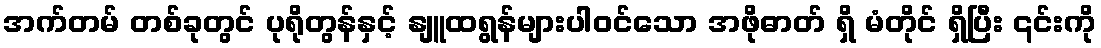
အက်တမ် တစ်ခုတွင် ပုရိုတွန်နှင့် နျူထရွန်များပါဝင်သော အဖိုဓာတ် ရှိ မံတိုင် ရှိပြီး ၎င်းကို